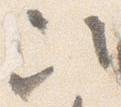
次